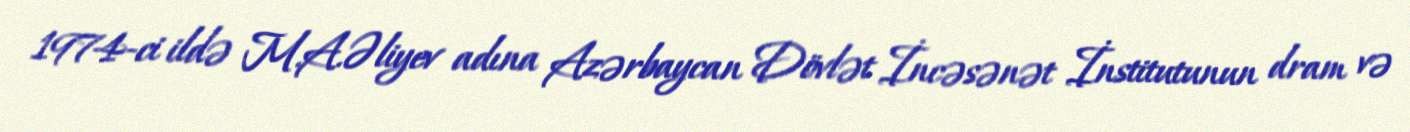
1974-ci ildə M.A.Əliyev adına Azərbaycan Dövlət İncəsənət İnstitutunun dram və